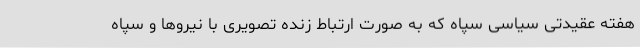
هفته عقیدتی سیاسی سپاه که به صورت ارتباط زنده تصویری با نیروها و سپاه